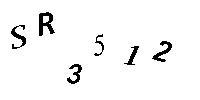
SR3512